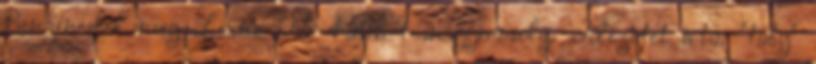
Benzinesbõl meg Lexus GS 450h-t :nagymosoly: Idézetet írta: "taby"